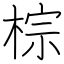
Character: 棕